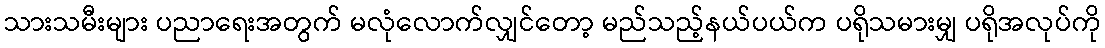
သားသမီးများ ပညာရေးအတွက် မလုံလောက်လျှင်တော့ မည်သည့်နယ်ပယ်က ပရိုသမားမျှ ပရိုအလုပ်ကို